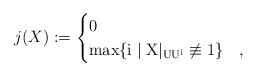
\begin{align*} j(X):=\begin{cases} 0 & \\ \rm{max}\{i\;|\; X|_{UU^i}\not\equiv 1\} & , \end{cases}\end{align*}